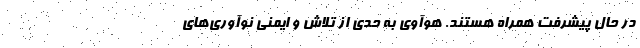
در حال پیشرفت همراه هستند. هوآوی به حدی از تلاش و ایمنی نوآوری‌های